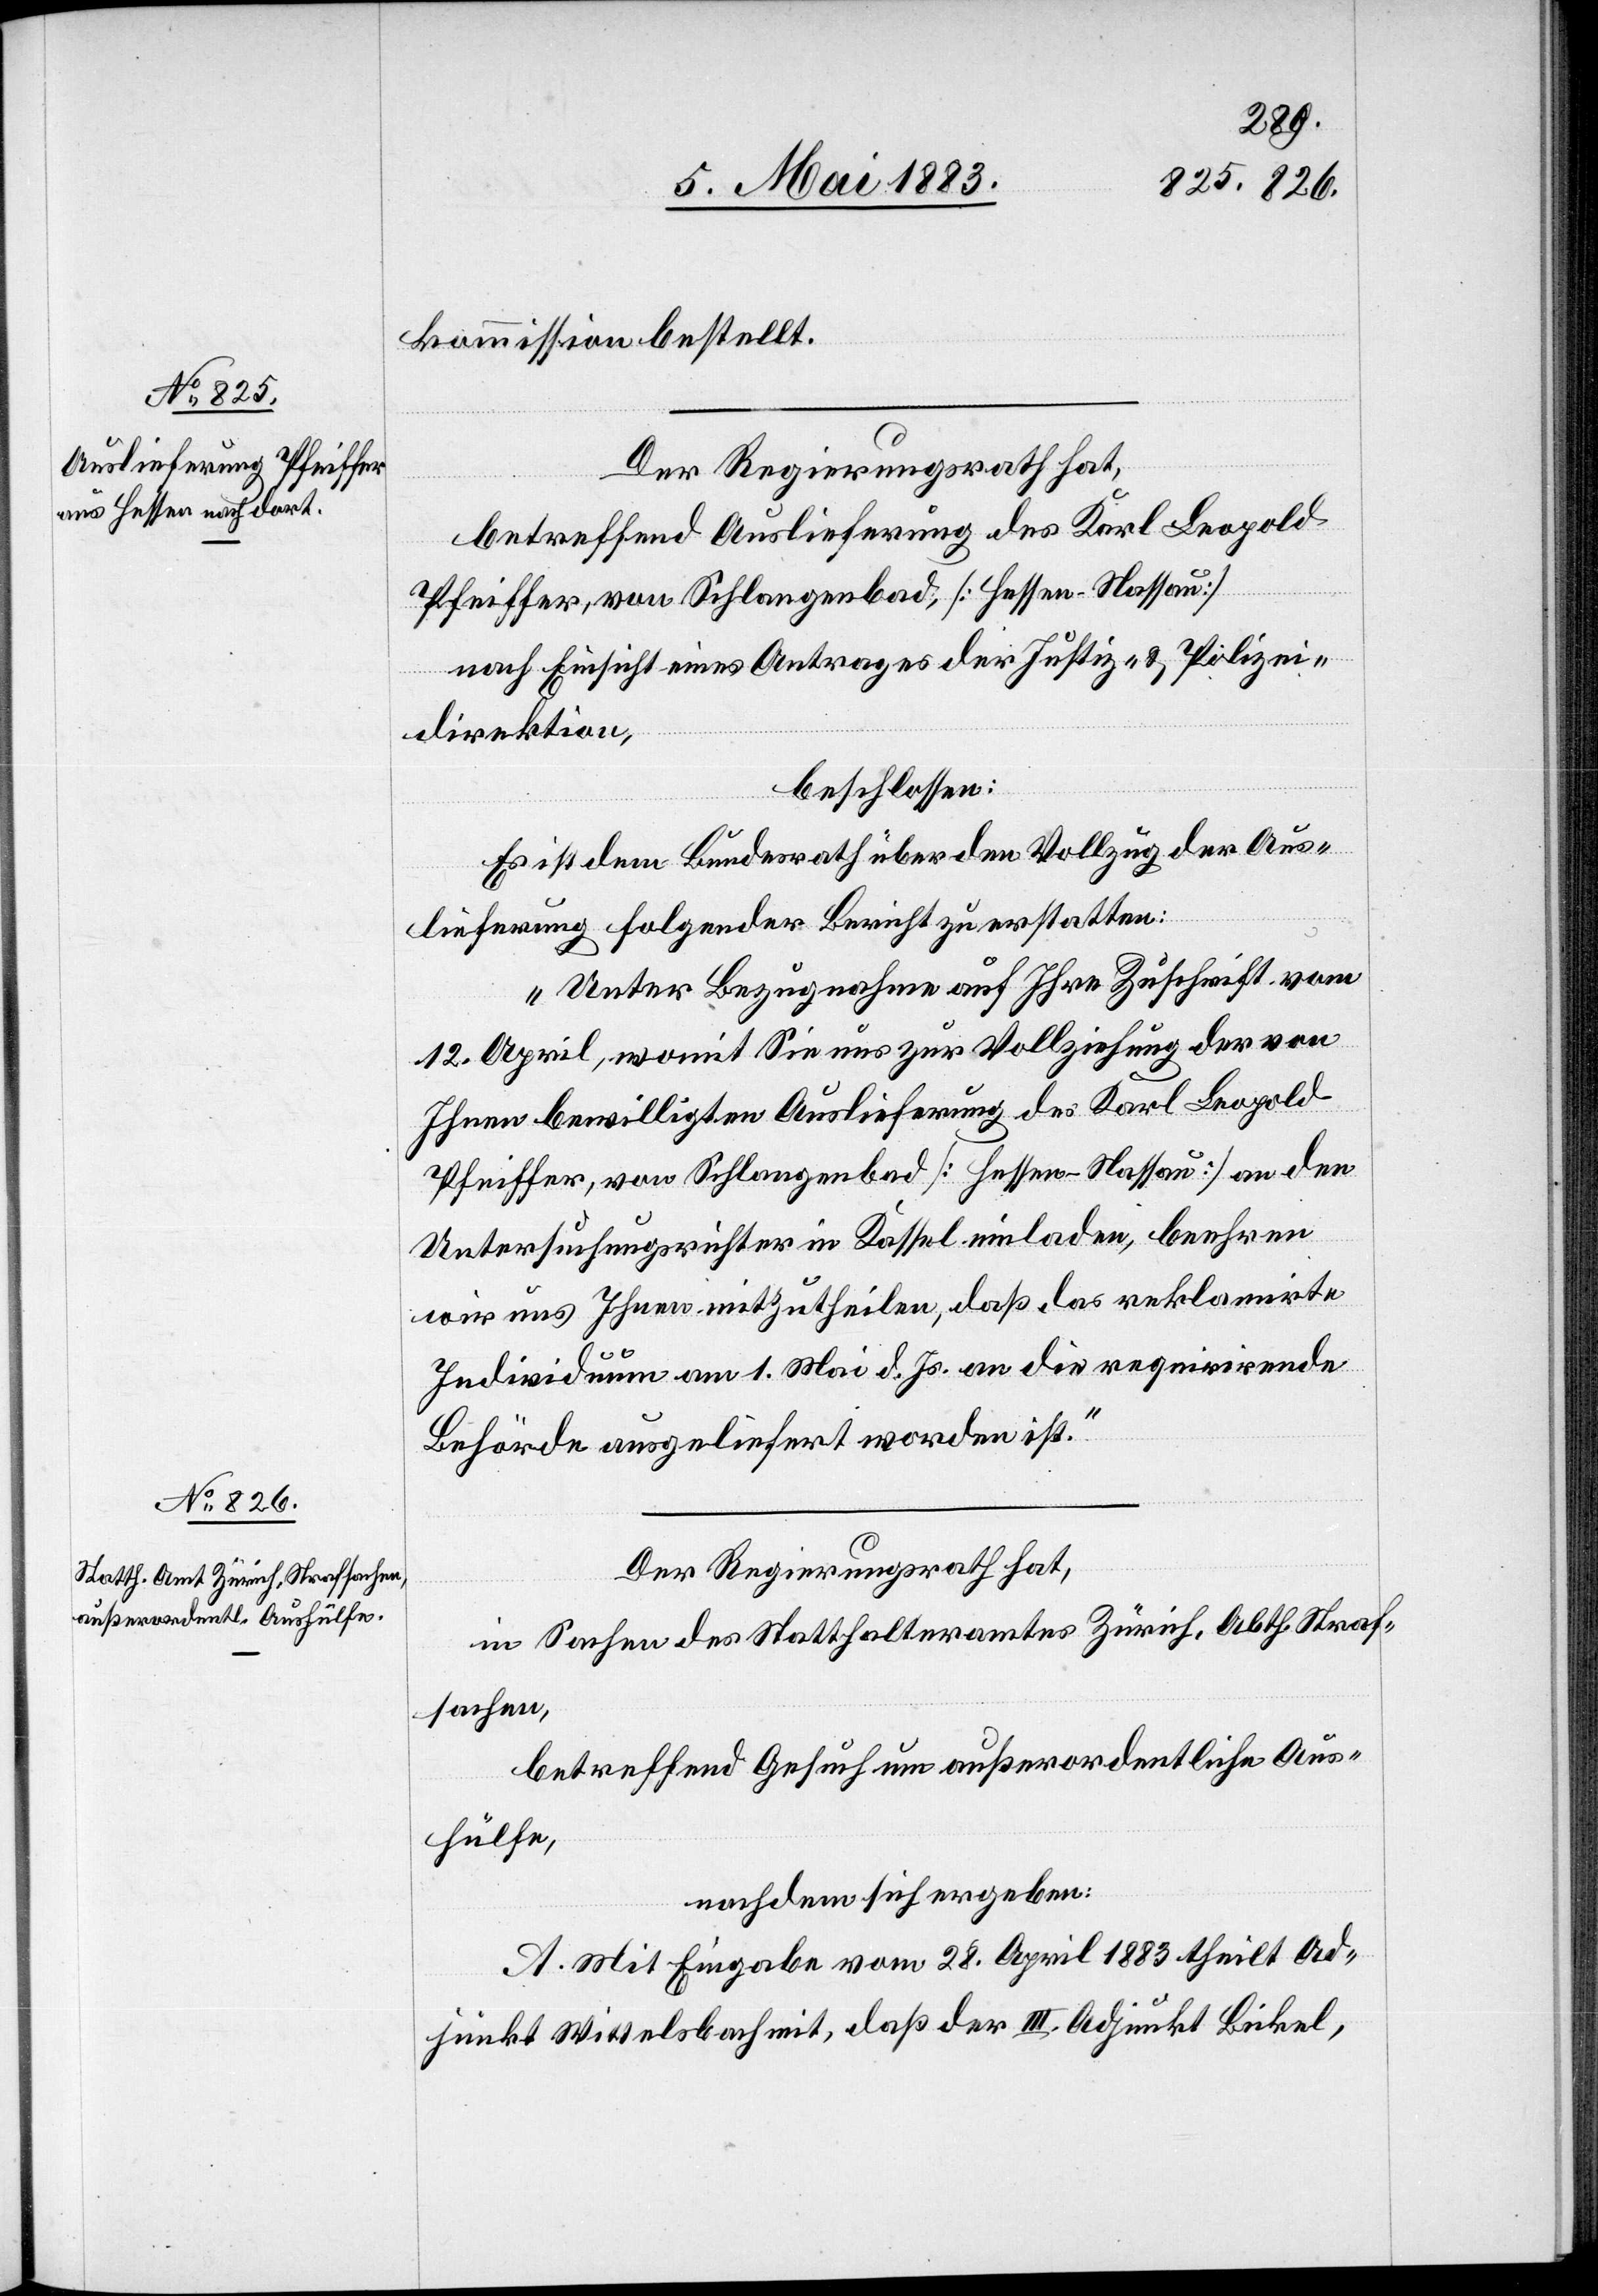
kommission bestellt.
Der Regierungsrath hat,
betreffend Auslieferung des Karl Leopold
Pfeiffer, von Schlangenbad, [Hessen - Nassau]
nach Einsicht eines Antrages der Justiz- & Polizei¬
direktion,
beschlossen:
Es ist dem Bundesrath über den Vollzug der Aus¬
lieferung folgender Bericht zu erstatten:
„Unter Bezugnahme auf Ihre Zuschrift vom
12. April, womit Sie uns zur Vollziehung der von
Ihnen bewilligten Auslieferung des Karl Leopold
Pfeiffer, von Schlangenbad [Hessen - Nassau] an den
Untersuchungsrichter in Kassel einladen, beehren
wir uns Ihnen mitzutheilen, daß das reklamirte
Individuum am 1. Mai d. Js. an die requirirende
Behörde ausgeliefert worden ist.“
Der Regierungsrath hat,
in Sachen des Statthalteramtes Zürich, Abth. Straf¬
sachen,
betreffend Gesuch um außerordentliche Aus¬
hülfe,
nachdem sich ergeben:
A. Mit Eingabe vom 28. April 1883 theilt Ad¬
junkt Wittelsbach mit, daß der III. Adjunkt Bickel,